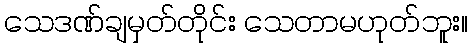
သေဒဏ်ချမှတ်တိုင်း သေတာမဟုတ်ဘူး။